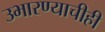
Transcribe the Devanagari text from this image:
उभारण्याचीही